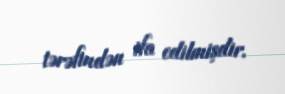
tərəfindən ifa edilmişdir.